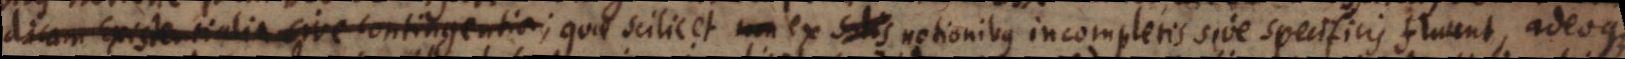
dicam Existentialia sive contingentia; quae scilicet non ex solis notionibus incompletis sive specificis fluunt, adeoque